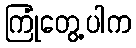
ကြုံတွေ့ပါက